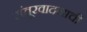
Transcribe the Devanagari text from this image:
संतूरवादनाची